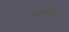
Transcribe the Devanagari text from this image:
असलियत।